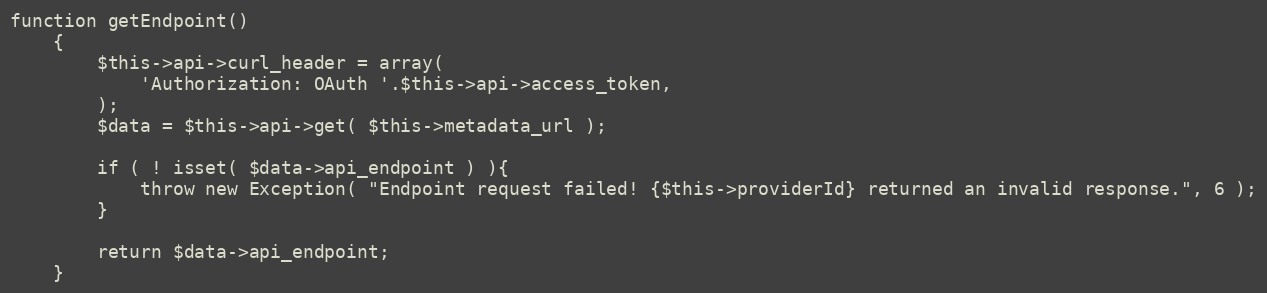
Language: PHP
function getEndpoint()
    {
        $this->api->curl_header = array(
            'Authorization: OAuth '.$this->api->access_token,
        );
        $data = $this->api->get( $this->metadata_url );

        if ( ! isset( $data->api_endpoint ) ){
            throw new Exception( "Endpoint request failed! {$this->providerId} returned an invalid response.", 6 );
        }

        return $data->api_endpoint;
    }